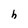
Character: h